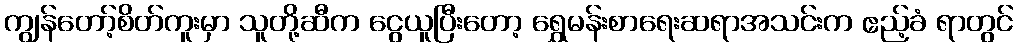
ကျွန်တော့်စိတ်ကူးမှာ သူတို့ဆီက ငွေယူပြီးတော့ ရွှေမန်းစာရေးဆရာအသင်းက ဧည့်ခံ ရာတွင်